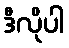
ဒီလိုပါ